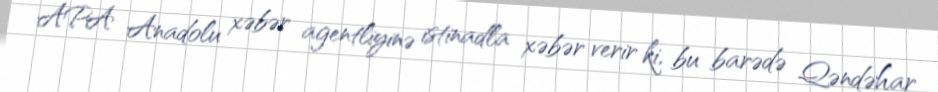
APA Anadolu xəbər agentliyinə istinadla xəbər verir ki, bu barədə Qəndəhar